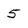
Character: 5